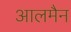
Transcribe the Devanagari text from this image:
आलमैन